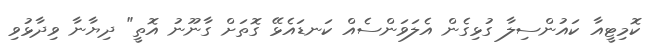
ކޮމިޓީއާ ކައުންސިލާ ގުޅިގެން އެލަވަންސެއް ކަނޑައެޅޭ ގޮތަށް ގާނޫނު އޮތީ" ދިޔާނާ ވިދާޅުވި